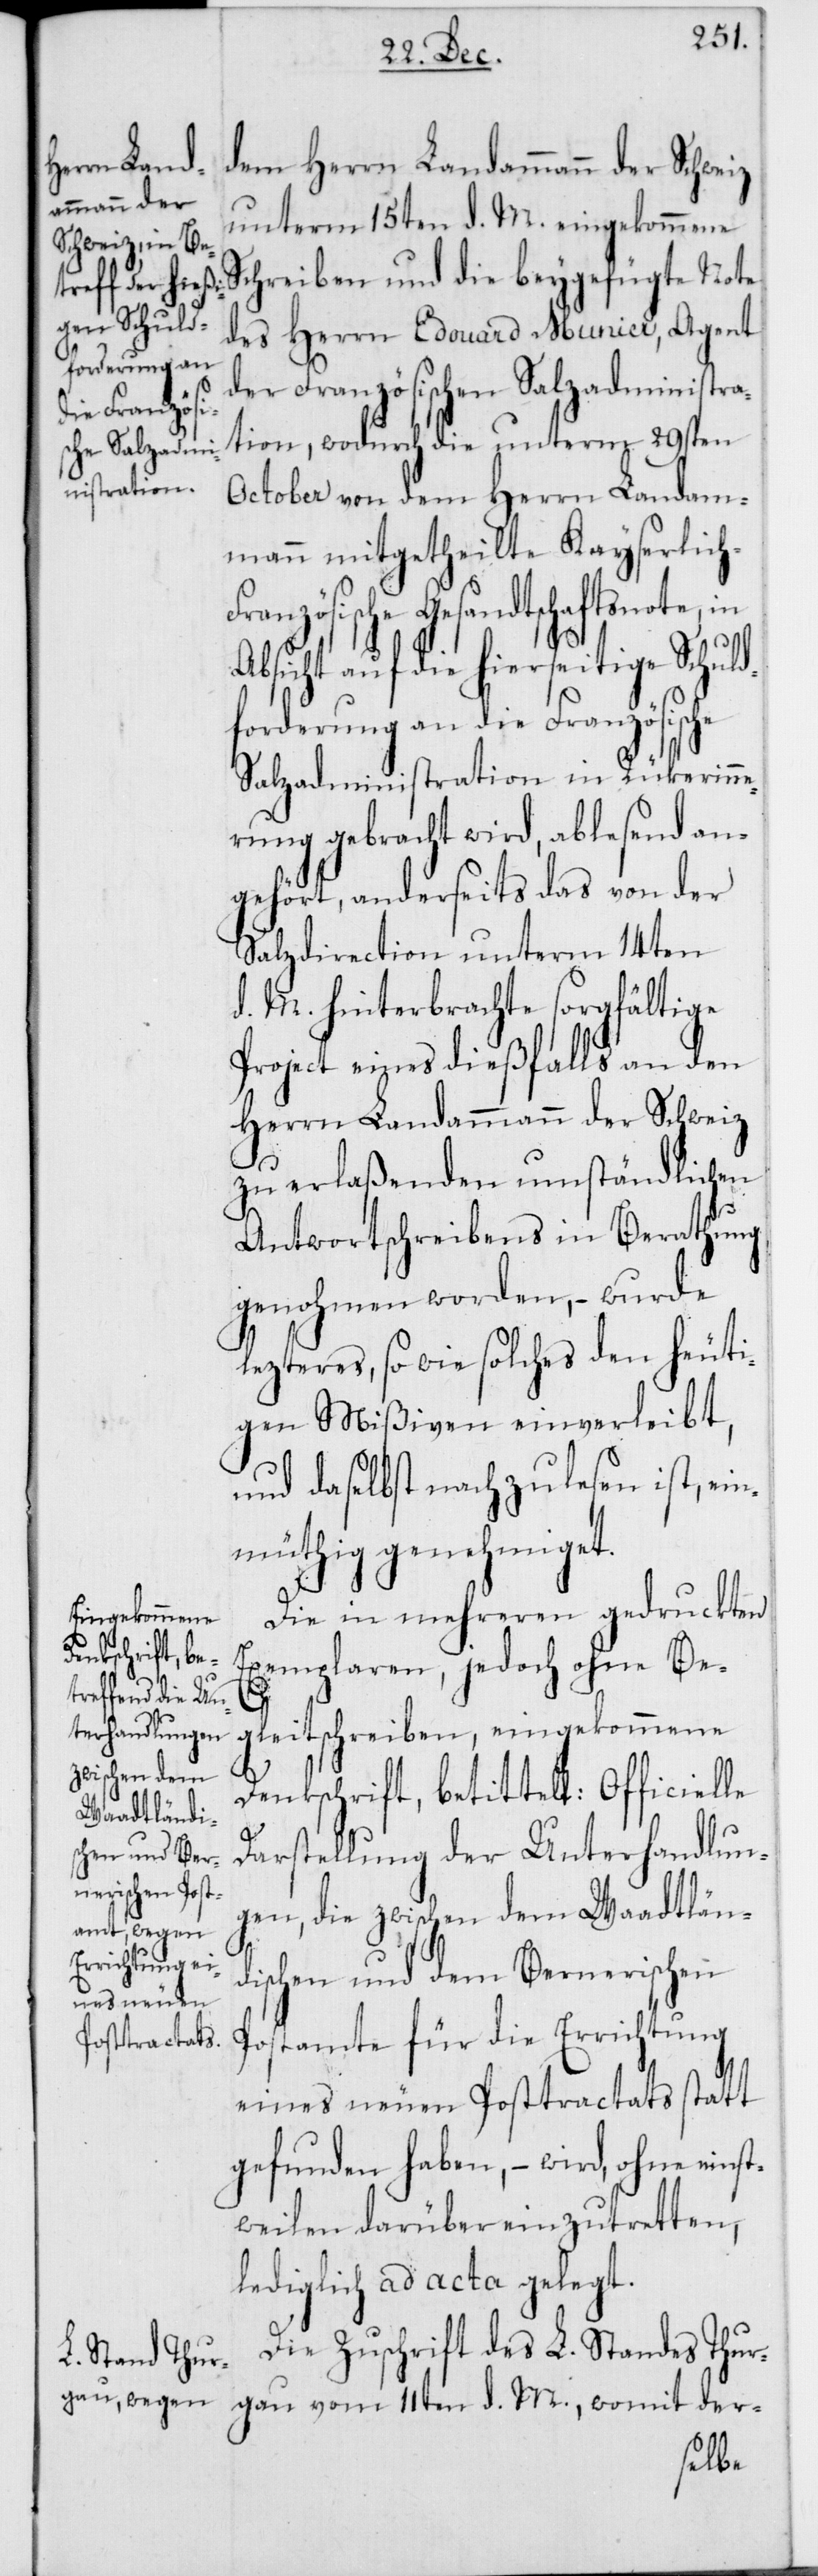
dem Herrn Landammann der Schweiz
unterm 15ten d. M. eingekommene
Schreiben und die beygefügte Note
des Herrn Edouard Munier, Agent
der Französischen Salzadministra¬
h-Französi¬
tion, wodurch die unterm 29sten
October von dem Herrn Landam¬
mann mitgetheilte Kayserlic¬
sche Gesandtschaftsnote,
Absicht auf die hierseitige Schuld¬
forderung an die Französische
Salzadministration in Rückerinn¬
erung gebracht wird, ablesend an¬
gehört, anderseits das von der
Salzdirection unterm 14ten
d. M. hinterbrachte sorgfältige
Project eines dießfalls an den
Herrn Landammann der Schweiz
zu erlaßenden umständlichen
Antwortschreibens in Berathung
genohmen worden, – wurde
lezteres, so wie solches den heuti¬
gen Mißiven einverleibt,
und daselbst nachzulesen ist, ei¬
nmüthig genehmiget.
Die in mehreren gedruckten
Exemplaren, jedoch ohne Be¬
d.
gleitschreiben, eingekommene
Denkschrift, betittelt: Officielle
Darstellung der Unterhandlun¬
gen, die zwischen dem Waadtlän¬
dischen und dem Bernerischen
Postamte für die Errichtung
eines neuen Posttractats statt
gefunden haben, – wird ohne einst¬
weilen darüber einzutretten,
lediglich ad acta gelegt.
Die Zuschrift des L. Standes Thur¬